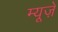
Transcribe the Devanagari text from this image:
म्यूज़े